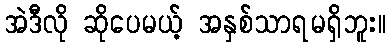
အဲဒီလို ဆိုပေမယ့် အနှစ်သာရမရှိဘူး။